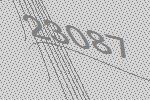
23087